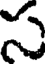
స